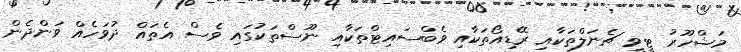
މަޝްހޫރު ޓީވީ ޗެނަލްތަކާއި ރޭޑިއޯތަކާއި ވެބްސައިޓްތަކާއި ނޫސްތަކުގައި ވެސް އެތައް ދުވަހެއް ވަންދެން